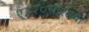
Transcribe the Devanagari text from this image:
ए३२०सारख्या